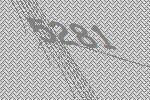
5281